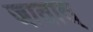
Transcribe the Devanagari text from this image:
जातात्